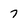
Character: 7